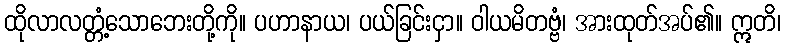
ထိုလာလတ္တံ့သောဘေးတို့ကို။ ပဟာနာယ၊ ပယ်ခြင်းငှာ။ ဝါယမိတဗ္ဗံ၊ အားထုတ်အပ်၏။ ဣတိ၊